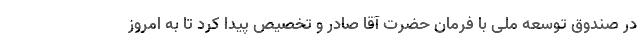
در صندوق توسعه ملی با فرمان حضرت آقا صادر و تخصیص پیدا کرد تا به امروز